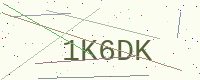
Text: 1K6DK